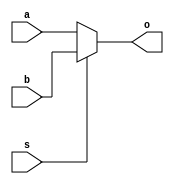
module mux(a,b,s,o);
	input a;
	input b;
	input s;
	output o;
	assign o = (s)?b:a;
endmodule